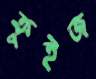
ক্রুইজ